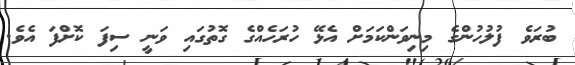
ބުރަވެ ފުލުހުންގެ މިނިވަންކަމަށް އެޅޭ ހުރަހެއްގެ ގޮތުގައި ވަނީ ސިފަ ކޮށްފަ އެވެ.